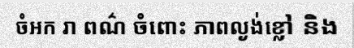
ចំអក រា ពណ៌ ចំពោះ ភាពល្ងង់ខ្លៅ និង